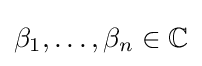
\beta _{1},\dots ,\beta _{n}\in \mathbb {C}